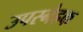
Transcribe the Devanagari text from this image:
उपस्नेहक